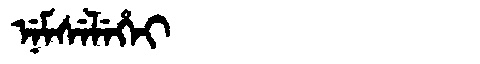
Manchu: ᠨᡝᠮᠰᡝᠯᡝᡥᡝᡳ
Romanization: NEMSELEHEI